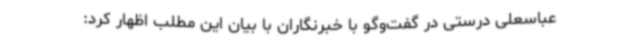
عباسعلی درستی در گفت‌وگو با خبرنگاران با بیان این مطلب اظهار کرد: